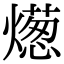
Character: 燪